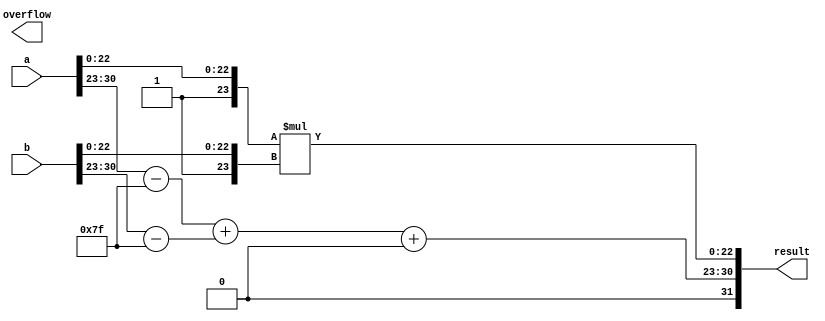
module IEEE754_FPU_Multiplier (
    input wire [31:0] a,     // 32-bit input operand A
    input wire [31:0] b,     // 32-bit input operand B
    output wire [31:0] result,  // 32-bit result
    output wire overflow      // 1-bit overflow flag
);

// IEEE 754 representation parameters
parameter EXPONENT_BITS = 8;
parameter FRACTION_BITS = 23;

// Extract exponent and fraction
wire [EXPONENT_BITS-1:0] exp_a = a[30:23];
wire [FRACTION_BITS-1:0] frac_a = a[22:0];
wire [EXPONENT_BITS-1:0] exp_b = b[30:23];
wire [FRACTION_BITS-1:0] frac_b = b[22:0];

// Bias for IEEE 754 exponent
parameter BIAS = 127;

// Calculate the biased exponent
wire [EXPONENT_BITS-1:0] exp_a_biased = exp_a - BIAS;
wire [EXPONENT_BITS-1:0] exp_b_biased = exp_b - BIAS;

// Calculate the new exponent
wire [EXPONENT_BITS-1:0] new_exp;
assign new_exp = exp_a_biased + exp_b_biased + 1'b0; // +1 for the implicit leading '1'

// Perform multiplication of fractions
wire [FRACTION_BITS*2-1:0] result_frac;
assign result_frac = {1'b1, frac_a} * {1'b1, frac_b};

// Handle overflow
assign overflow = (result_frac[FRACTION_BITS*2] == 1);

// Normalize the result fraction
wire [FRACTION_BITS-1:0] normalized_frac;
assign normalized_frac = result_frac[FRACTION_BITS-1:0];

// Check for carry out during normalization
wire carry_out;
assign carry_out = result_frac[FRACTION_BITS*2];

// Adjust the exponent based on normalization
wire [EXPONENT_BITS:0] final_exp;
assign final_exp = carry_out ? new_exp + 1 : new_exp;

// Combine the sign, exponent, and fraction to get the result
assign result = {a[31] ^ b[31], final_exp, normalized_frac};

endmodule